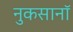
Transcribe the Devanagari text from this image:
नुकसानॉ